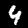
Label: 4